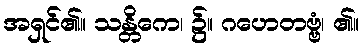
အရှင်၏။ သန္တိကေ၊ ၌။ ဂဟေတဗ္ဗံ၊ ၏။